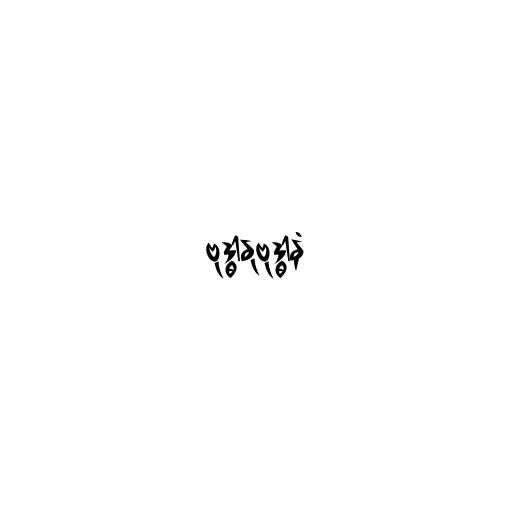
ဗုဒ္ဓါနုဗုဒ္ဓါနံ